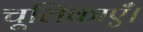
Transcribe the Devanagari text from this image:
चूलिकाएँ।